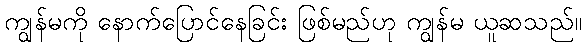
ကျွန်မကို နောက်ပြောင်နေခြင်း ဖြစ်မည်ဟု ကျွန်မ ယူဆသည်။